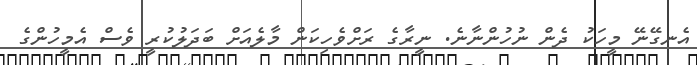
އެނގޭނޭ މީހަކު ދެން ނުހުންނާނެ. ނީރާގެ ރަށްވެހިކަން މާލެއަށް ބަދަލުކުރީ ވެސް އެމީހުންގެ